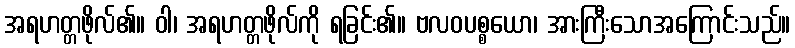
အရဟတ္တဖိုလ်၏။ ဝါ၊ အရဟတ္တဖိုလ်ကို ရခြင်း၏။ ဗလဝပစ္စယော၊ အားကြီးသောအကြောင်းသည်။